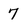
Character: 7